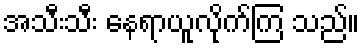
အသီးသီး နေရာယူလိုက်ကြ သည်။